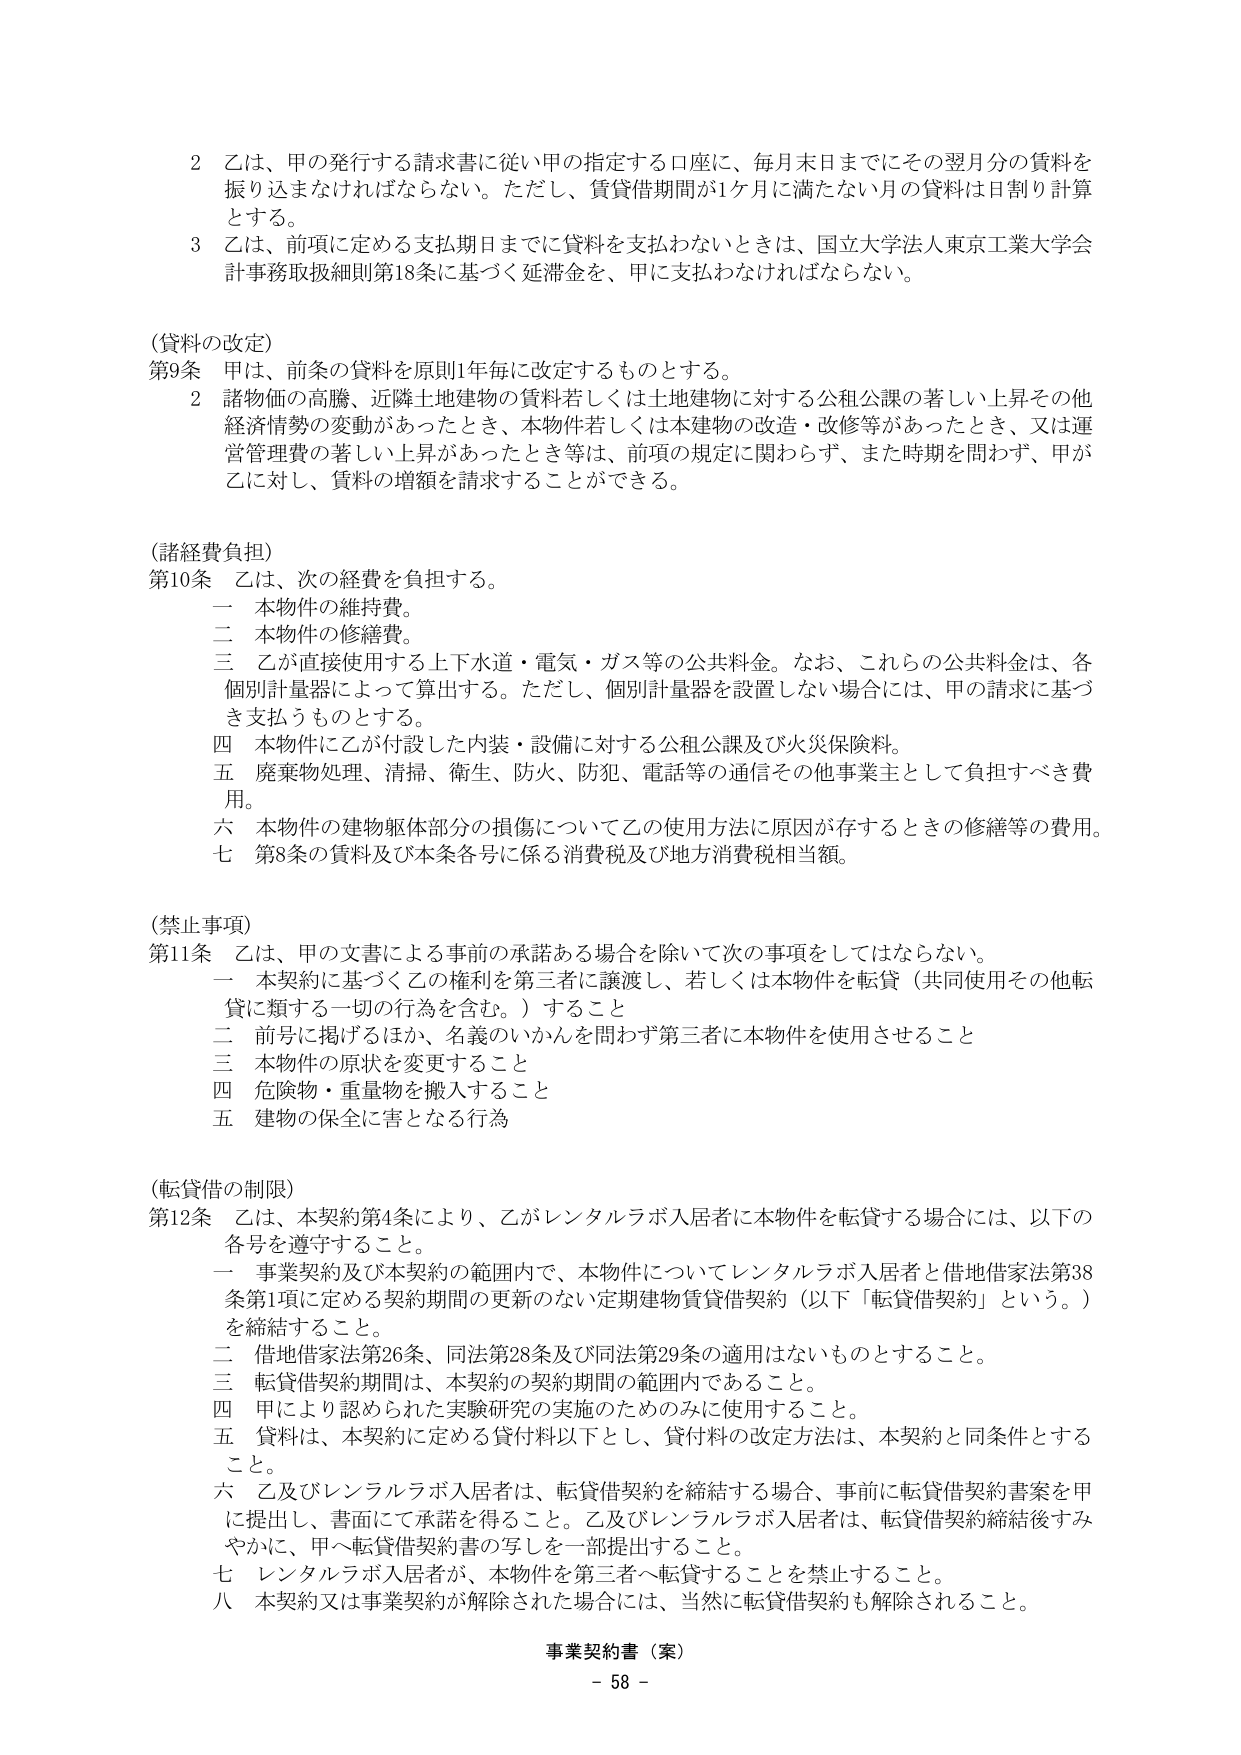
2 乙は、甲の発行する請求書に従い甲の指定する口座に、毎月末日までにその翌月分の賃料を振り込まなければならない。ただし、賃貸借期間が1ヶ月に満たない月の賃料は日割り計算とする。

3 乙は、前項に定める支払期日までに賃料を支払わないときは、国立大学法人東京工業大学会計事務取扱細則第18条に基づく延滞金を、甲に支払わなければならない。

（賃料の改定）
第9条 甲は、前条の賃料を原則1年毎に改定するものとする。
　　2 諸物価の高騰、近隣土地建物の賃料若しくは土地建物に対する公租公課の著しい上昇その他経済情勢の変動があったとき、本物件若しくは本建物の改造・改修等があったとき、又は運営管理費の著しい上昇があったとき等は、前項の規定に関わらず、また時期を問わず、甲が乙に対し、賃料の増額を請求することができる。

（諸経費負担）
第10条 乙は、次の経費を負担する。
　　一 本物件の維持費。
　　二 本物件の修繕費。
　　三 乙が直接使用する上下水道・電気・ガス等の公共料金。なお、これらの公共料金は、各個別計量器によって算出する。ただし、個別計量器を設置しない場合には、甲の請求に基づき支払うものとする。
　　四 本物件に乙が付設した内装・設備に対する公租公課及び火災保険料。
　　五 廃棄物処理、清掃、衛生、防火、防犯、電話等の通信その他事業主として負担すべき費用。
　　六 本物件の建物躯体部分の損傷について乙の使用方法に原因が存するときの修繕等の費用。
　　七 第8条の賃料及び本条各号に係る消費税及び地方消費税相当額。

（禁止事項）
第11条 乙は、甲の文書による事前の承諾ある場合を除いて次の事項をしてはならない。
　　一 本契約に基づく乙の権利を第三者に譲渡し、若しくは本物件を転貸（共同使用その他転貸に類する一切の行為を含む。）すること
　　二 前号に掲げるほか、名義のいかんを問わず第三者に本物件を使用させること
　　三 本物件の原状を変更すること
　　四 危険物・重量物を搬入すること
　　五 建物の保全に害となる行為

（転貸借の制限）
第12条 乙は、本契約第4条により、乙がレンタルラボ入居者に本物件を転貸する場合には、以下の各号を遵守すること。
　　一 事業契約及び本契約の範囲内で、本物件についてレンタルラボ入居者と借地借家法第38条第1項に定める契約期間の更新のない定期建物賃貸借契約（以下「転貸借契約」という。）を締結すること。
　　二 借地借家法第26条、同法第28条及び同法第29条の適用はないものとすること。
　　三 転貸借契約期間は、本契約の契約期間の範囲内であること。
　　四 甲により認められた実験研究の実施のためのみに使用すること。
　　五 賃料は、本契約に定める貸付料以下とし、貸付料の改定方法は、本契約と同条件とすること。
　　六 乙及びレンタルラボ入居者は、転貸借契約を締結する場合、事前に転貸借契約書案を甲に提出し、書面にて承諾を得ること。乙及びレンタルラボ入居者は、転貸借契約締結後すみやかに、甲へ転貸借契約書の写しを一部提出すること。
　　七 レンタルラボ入居者が、本物件を第三者へ転貸することを禁止すること。
　　八 本契約又は事業契約が解除された場合には、当然に転貸借契約も解除されること。

事業契約書（案）
- 58 -